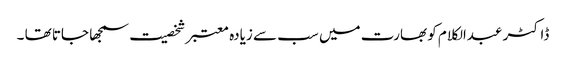
ڈاکٹر عبدالکلام کو بھارت میں سب سے زیادہ معتبر شخصیت سمجھا جاتا تھا ۔